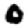
Digit: 0